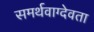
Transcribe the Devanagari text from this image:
समर्थवाग्देवता